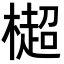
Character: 㯧